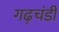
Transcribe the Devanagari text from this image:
गढ़चंडी